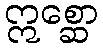
ဣစ္ဆော